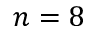
n = 8